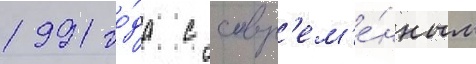
1991 го́да с совр'ем'е́нным